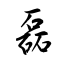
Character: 磊